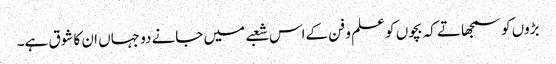
بڑوں کو سمجھاتے کہ بچوں کو علم و فن کےاس شعبے میں جانے دو جہاں ان کا شوق ہے۔